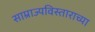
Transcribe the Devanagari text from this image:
साम्राज्यविस्ताराच्या